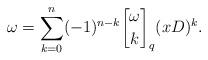
LaTeX: \begin{align*} \omega=\sum_{k=0}^n (-1)^{n-k}{{\omega}\brack k}_q (xD)^{k}.\end{align*}